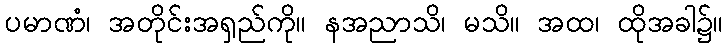
ပမာဏံ၊ အတိုင်းအရှည်ကို။ နအညာသိ၊ မသိ။ အထ၊ ထိုအခါ၌။